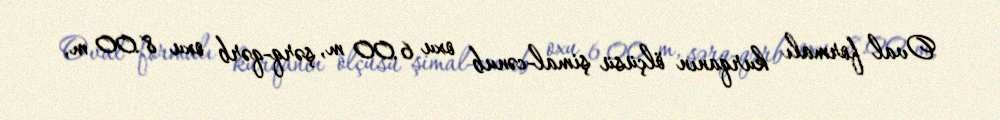
Oval formalı kurqanın ölçüsü şimal-cənub oxu 6.00 m, şərq-qərb oxu 8.00 m,